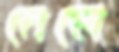
মেলে